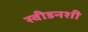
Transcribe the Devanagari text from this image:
स्वीडनशी